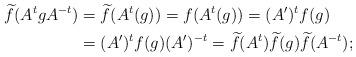
LaTeX: \begin{align*}\widetilde f (A^t g A^{-t}) &= \widetilde f ( A^t(g) ) = f ( A^t(g) ) = (A')^t f(g)\\& = (A')^t f(g)(A')^{-t} = \widetilde f (A^t) \widetilde f(g) \widetilde f (A^{-t});\end{align*}